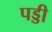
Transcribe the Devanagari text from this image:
पड्डी